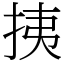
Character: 挗